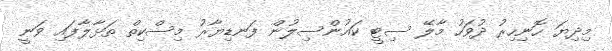
މިދިޔަ ހޮނިހިރު ދުވަހު މާލޭ ސިޓީ ކައުންސިލުން ފަނޑިޔާރު މިސްކިތް ތަޅާލާފައި ވަނީ